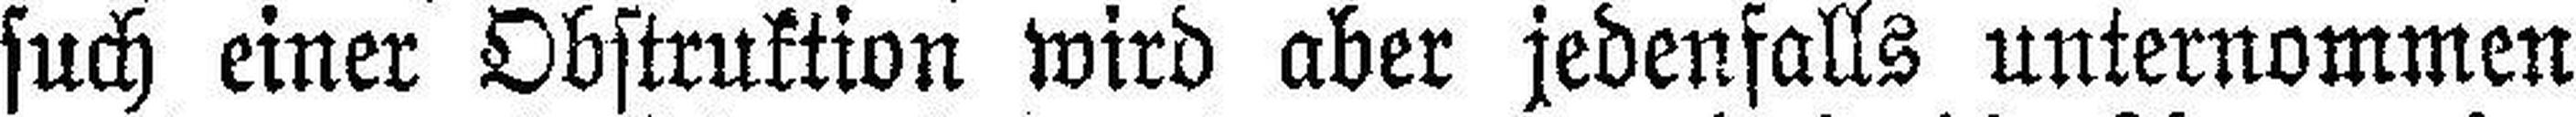
such einer Obstruktion wird aber jedenfalls unternommen